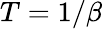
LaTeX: T=1/\beta